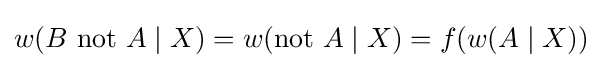
w(B{\text{ not }}A\mid X)=w({\text{not }}A\mid X)=f(w(A\mid X))